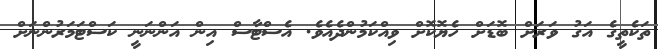
ތަކެތީގެ އަގު ވަރަށް ބޮޑަށް ހެޔޮކޮށް ވިއްކަމުންދެއެވެ. އެސްޓާސް އިން އަންނަނީ ކަސްޓަމަރުންނަށް